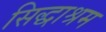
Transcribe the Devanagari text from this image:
सिद्धाश्रम